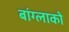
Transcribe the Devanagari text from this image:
बांग्लाको